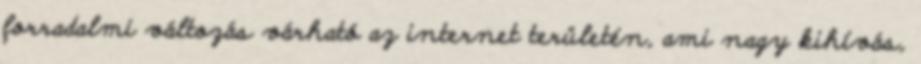
forradalmi változás várható az internet területén, ami nagy kihívás,